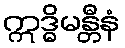
ဣဒ္ဓိမန္တီနံ